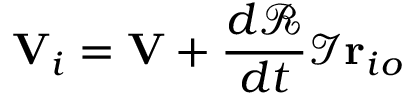
\mathbf { V } _ { i } = \mathbf { V } + { \frac { d { \mathcal { R } } } { d t } } { \mathcal { I } } \mathbf { r } _ { i o }